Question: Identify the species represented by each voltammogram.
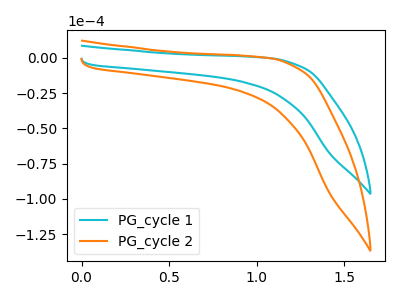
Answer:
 <answer>The cyan curve is labeled "PG_cycle 1". The orange curve is labeled "PG_cycle 2".</answer>
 <eval></eval>